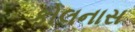
કોલનાસ